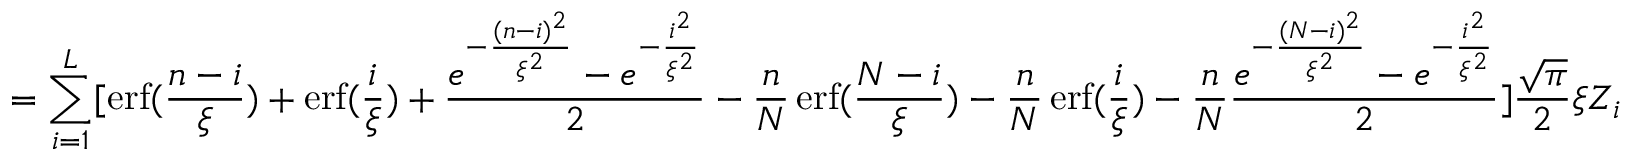
= \sum _ { i = 1 } ^ { L } [ \operatorname { e r f } ( \frac { n - i } { \xi } ) + \operatorname { e r f } ( \frac { i } { \xi } ) + \frac { e ^ { - \frac { ( n - i ) ^ { 2 } } { \xi ^ { 2 } } } - e ^ { - \frac { i ^ { 2 } } { \xi ^ { 2 } } } } { 2 } - \frac { n } { N } \operatorname { e r f } ( \frac { N - i } { \xi } ) - \frac { n } { N } \operatorname { e r f } ( \frac { i } { \xi } ) - \frac { n } { N } \frac { e ^ { - \frac { ( N - i ) ^ { 2 } } { \xi ^ { 2 } } } - e ^ { - \frac { i ^ { 2 } } { \xi ^ { 2 } } } } { 2 } ] \frac { \sqrt { \pi } } { 2 } \xi Z _ { i }